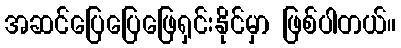
အဆင်ပြေပြေဖြေရှင်းနိုင်မှာ ဖြစ်ပါတယ်။